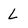
Character: L